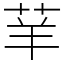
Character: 𦭵